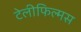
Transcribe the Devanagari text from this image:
टेलीफिल्मस